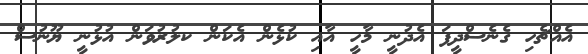
އެއްޗެހި ގެނެސްދީފަ އެދުނީ މާހީ އާއި ކުޅެން އެކަން ކލުރުވަން އުޅުނީ ޔޫނުސް